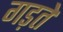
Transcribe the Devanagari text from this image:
गड़ते